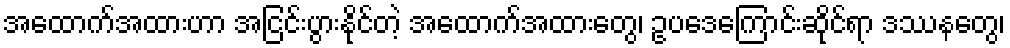
အထောက်အထားဟာ အငြင်းပွားနိုင်တဲ့ အထောက်အထားတွေ၊ ဥပဒေကြောင်းဆိုင်ရာ ဒဿနတွေ၊